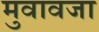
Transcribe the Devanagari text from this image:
मुवावजा